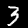
Label: 3